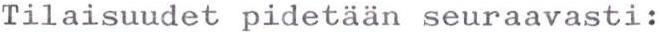
Tilaisuudet pidetään seuraavasti: